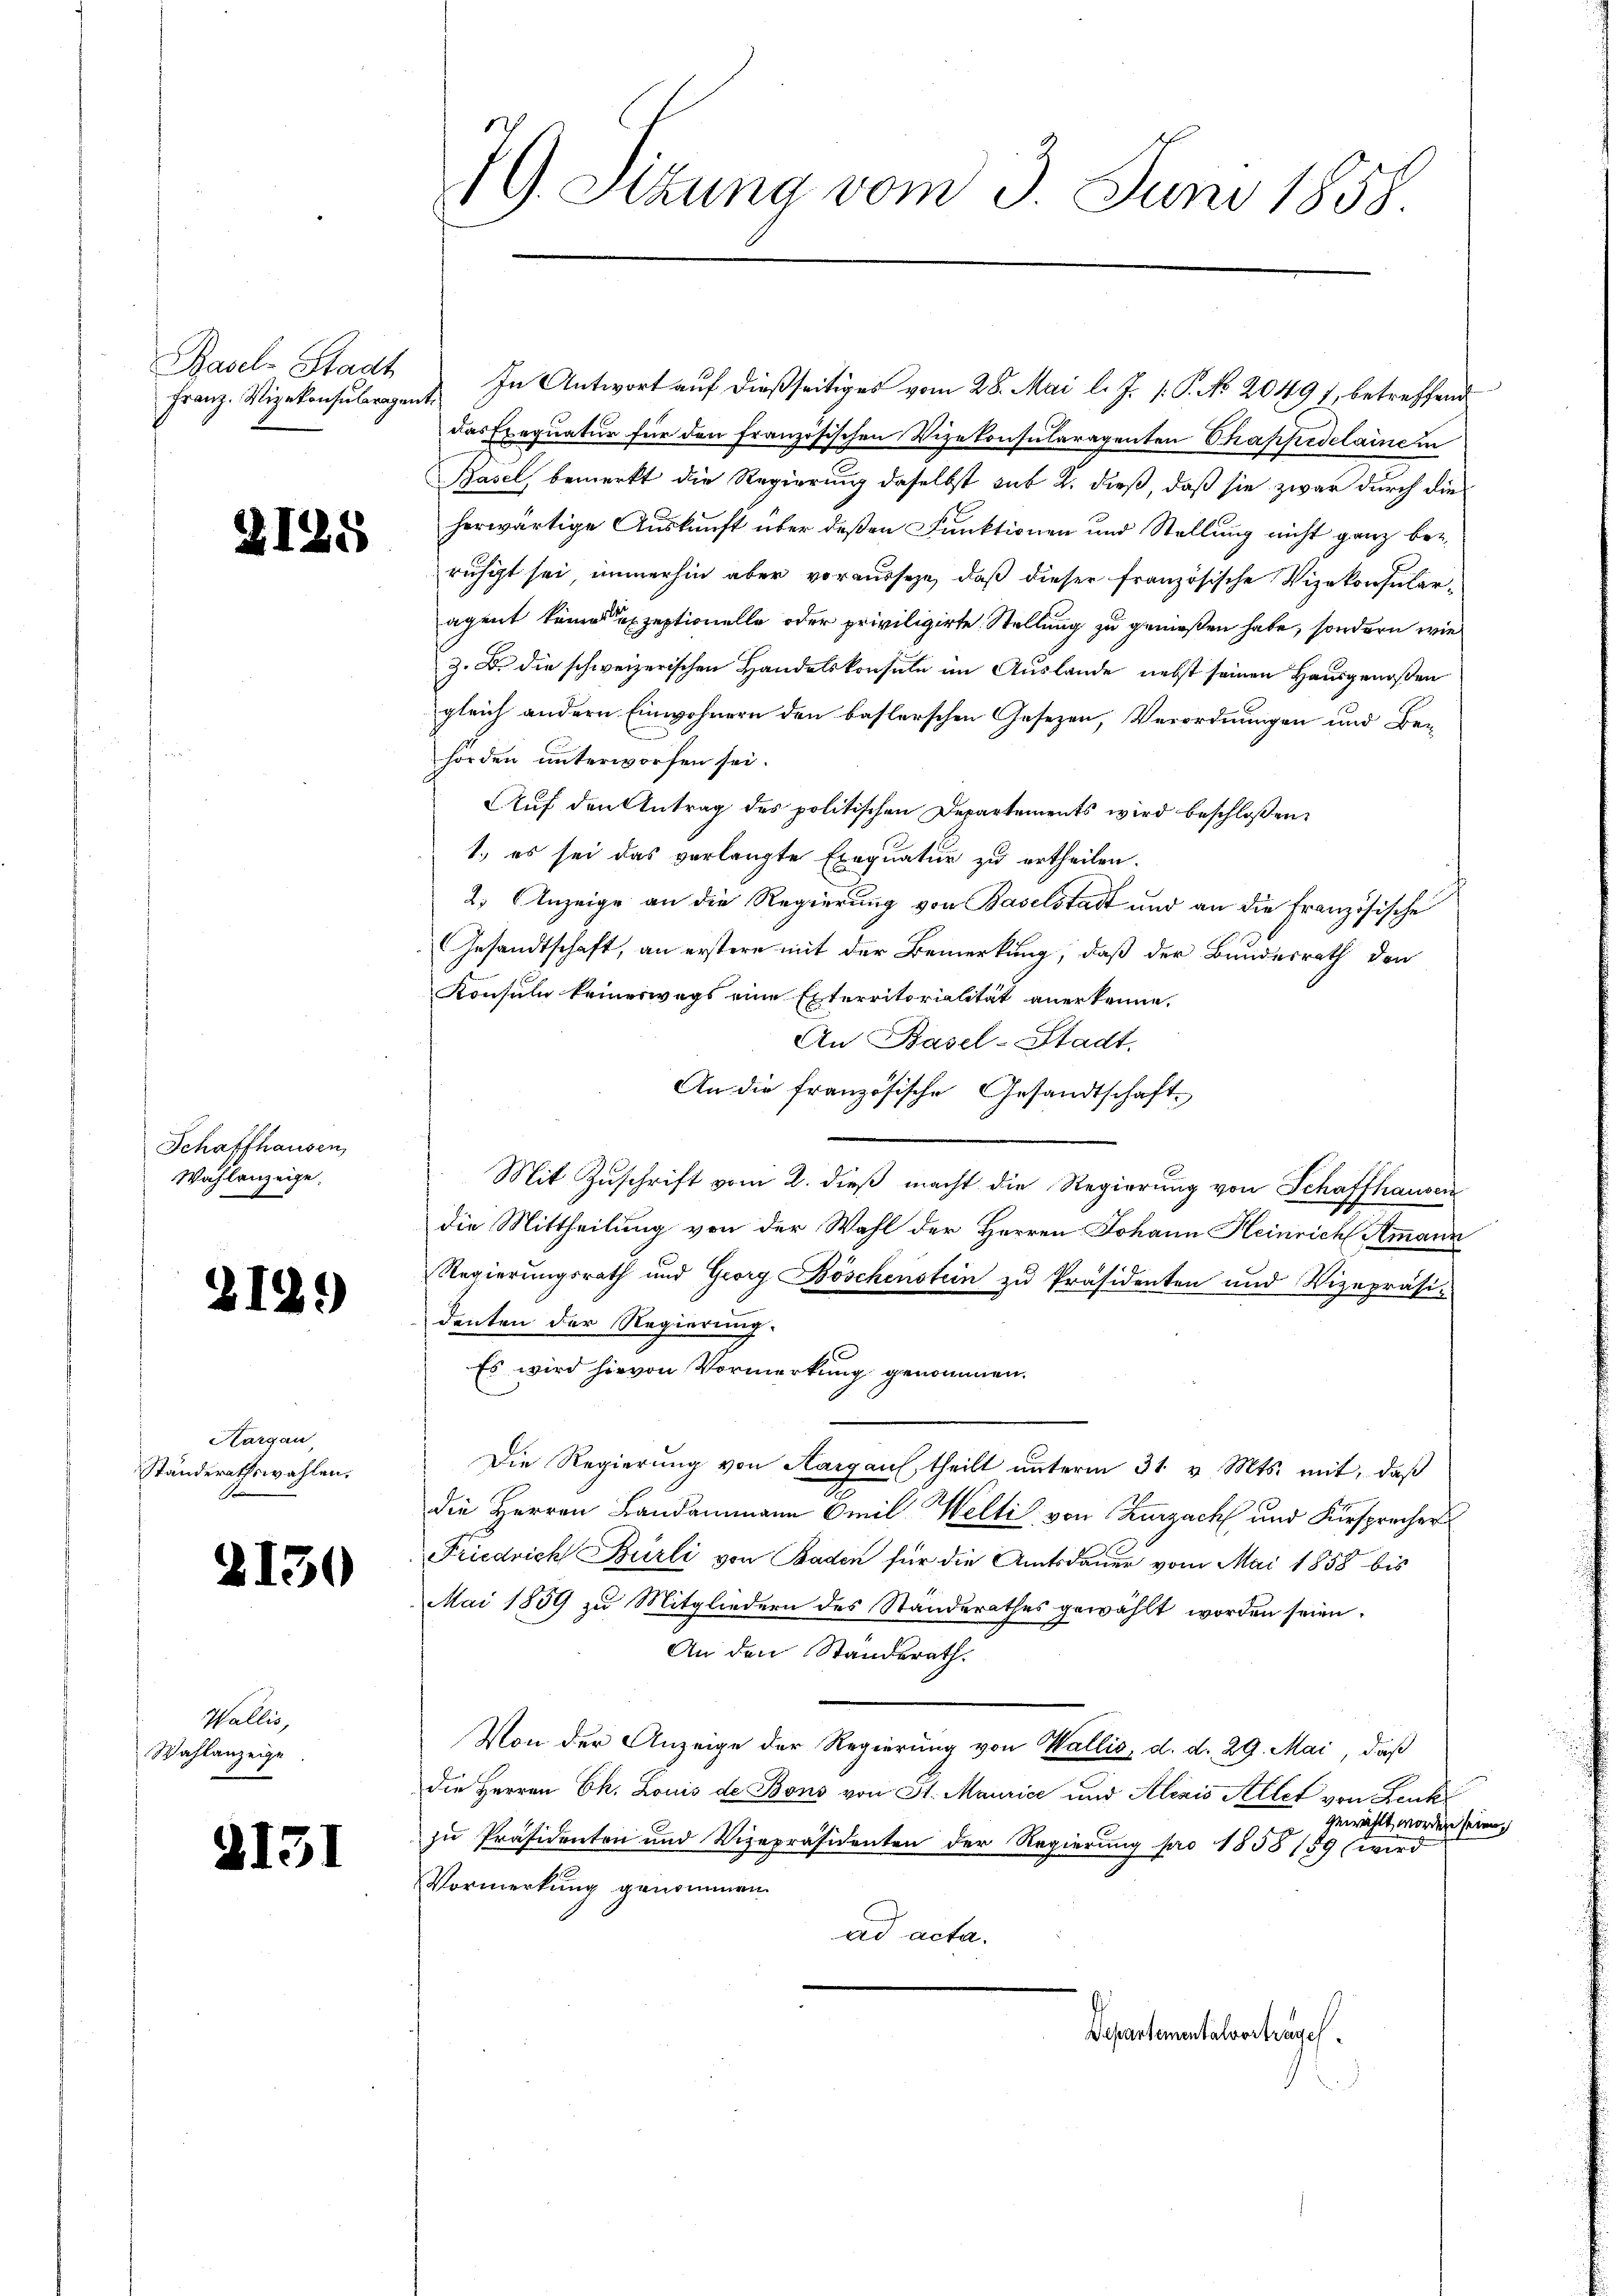
Basel-Stadt
Franz. Vizekonsuleragent

2125

Schaffhausen,
Wahlanzeige.

212.)

Aargau
Ständerathswahlen.

2130

Wallis,
Wahlanzeige.

d

131

79. Sitzung vom 3. Juni 1858

In Antwort auf dießseitiges vom 28. Mai l. J. 1. P. No. 20497, betreffend
das Exequatur für den französischen Vizekonsularagenten Shappedelainem
Basel, bemerkt die Regierung daselbst sub 2. dieß, daß sie zwar durch die
herwärtige Auskunft über deßen Funktionen und Stellung nicht ganz beruhigt sei, immerhin aber vorausseze, daß dieser französische Vizekonsularagent keines exzeptionelle oder priviligirte Stellung zu genießen habe, sondern wie
Z. B. die schweizerischen Handelskonsuln im Auslande nebst seinen Hausgenoßen
gleich andern Einwohnern den baslerschen Gesezen, Verordnungen und Be-
hörden unterworfen sei.
Auf den Antrag des politischen Departements wird beschloßen
1.) es sei das verlangte Exequatur zu ertheilen.
2. Anzeige an die Regierung von Baselstadt und an die Französische
Gesandtschaft, an erstere mit der Bemerkung, daß der Bundesrath den
Konsuln keineswegs eine Exterritorialität anerkenne.
An Basel-Stadt.
An die französische Gesandtschaft.
Mit Zuschrift vom 2. dieß macht die Regierung von Schaffhausen
die Mittheilung von der Wahl der Herren Johann Heinrich Ammann
Regierungsrath und Georg Böschenstein zu Präsidenten und Vizepräsi-
denten der Regierung.
Es wird hievon Vormerkung genommen.
Die Regierung von Aargau, theilt ŭnterm 31. v. Mts. mit, daß
die Herren Landammann Omil Welti von Zurzach und Fürsprecher
Friedrich Burli von Baden für die Amtsdauer vom Mai 1858 bis
Mai 1859 zu Mitgliedern des Standerathes gewählt worden seien.
An den Standerath.
Von der Anzeige der Regierung von Wallis, d. d. 29. Mai, daß
die Herren Ch. Louis de Bons von St. Maurice und Klinis Allet von Leuk
gewählt worden seien,
zu Präsidenten und Vizepräsidenten der Regierung pro 1858/59 (wird
Vormerkung genommen.
ad acta.

Departementalvortrages